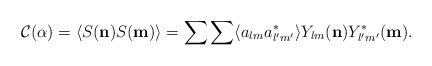
LaTeX: \begin{align*}{\mathcal C} (\alpha) = \langle S({\bf n}) S({\bf m})\rangle = \sum\sum \langle a_{lm}a_{l'm'}^*\rangle Y_{lm}({\bf n})Y_{l'm'}^*({\bf m}).\end{align*}